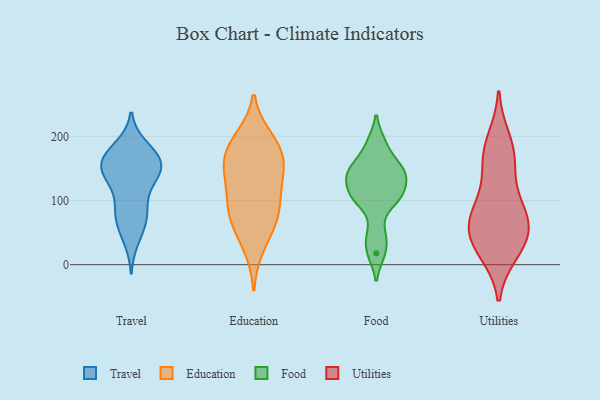
{"axis": {"x": "Production Output", "y": "Value"}, "legend": ["Education", "Food", "Travel", "Utilities"], "data": [{"x": "", "y": 137, "type": "Travel"}, {"x": "", "y": 176, "type": "Travel"}, {"x": "", "y": 40, "type": "Travel"}, {"x": "", "y": 167, "type": "Travel"}, {"x": "", "y": 143, "type": "Travel"}, {"x": "", "y": 139, "type": "Travel"}, {"x": "", "y": 79, "type": "Travel"}, {"x": "", "y": 162, "type": "Travel"}, {"x": "", "y": 82, "type": "Travel"}, {"x": "", "y": 164, "type": "Travel"}, {"x": "", "y": 163, "type": "Travel"}, {"x": "", "y": 103, "type": "Travel"}, {"x": "", "y": 58, "type": "Travel"}, {"x": "", "y": 145, "type": "Travel"}, {"x": "", "y": 141, "type": "Travel"}, {"x": "", "y": 76, "type": "Travel"}, {"x": "", "y": 183, "type": "Travel"}, {"x": "", "y": 68, "type": "Education"}, {"x": "", "y": 197, "type": "Education"}, {"x": "", "y": 91, "type": "Education"}, {"x": "", "y": 27, "type": "Education"}, {"x": "", "y": 156, "type": "Education"}, {"x": "", "y": 143, "type": "Education"}, {"x": "", "y": 190, "type": "Education"}, {"x": "", "y": 184, "type": "Education"}, {"x": "", "y": 80, "type": "Education"}, {"x": "", "y": 166, "type": "Education"}, {"x": "", "y": 59, "type": "Education"}, {"x": "", "y": 122, "type": "Education"}, {"x": "", "y": 103, "type": "Education"}, {"x": "", "y": 150, "type": "Education"}, {"x": "", "y": 106, "type": "Food"}, {"x": "", "y": 142, "type": "Food"}, {"x": "", "y": 190, "type": "Food"}, {"x": "", "y": 101, "type": "Food"}, {"x": "", "y": 47, "type": "Food"}, {"x": "", "y": 159, "type": "Food"}, {"x": "", "y": 135, "type": "Food"}, {"x": "", "y": 110, "type": "Food"}, {"x": "", "y": 144, "type": "Food"}, {"x": "", "y": 18, "type": "Food"}, {"x": "", "y": 144, "type": "Utilities"}, {"x": "", "y": 167, "type": "Utilities"}, {"x": "", "y": 43, "type": "Utilities"}, {"x": "", "y": 90, "type": "Utilities"}, {"x": "", "y": 82, "type": "Utilities"}, {"x": "", "y": 174, "type": "Utilities"}, {"x": "", "y": 22, "type": "Utilities"}, {"x": "", "y": 194, "type": "Utilities"}, {"x": "", "y": 55, "type": "Utilities"}, {"x": "", "y": 87, "type": "Utilities"}, {"x": "", "y": 20, "type": "Utilities"}, {"x": "", "y": 61, "type": "Utilities"}, {"x": "", "y": 44, "type": "Utilities"}]}